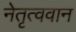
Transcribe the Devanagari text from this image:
नेतृत्ववान